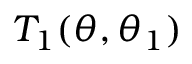
T _ { 1 } ( \theta , \theta _ { 1 } )